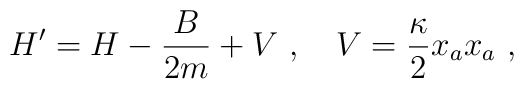
H' = H - \frac{B}{2m} + V\ , \quad V = \frac{\kappa}{2} x_a x_a\ ,